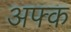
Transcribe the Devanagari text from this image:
अफ्क